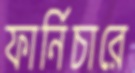
ফার্নিচারে